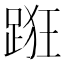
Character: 𨁨